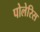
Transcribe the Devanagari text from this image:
पोलेरिस